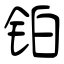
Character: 铂